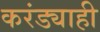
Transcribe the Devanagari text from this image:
करंड्याही